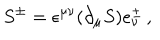
S ^ { \pm } = \epsilon ^ { \mu \nu } ( \partial _ { \mu } S ) e _ { \nu } ^ { \pm } \, ,